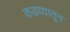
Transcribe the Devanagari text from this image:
कडव्यातून